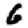
Digit: 6